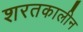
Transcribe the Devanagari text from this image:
शरतकालीन